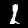
Digit: 1